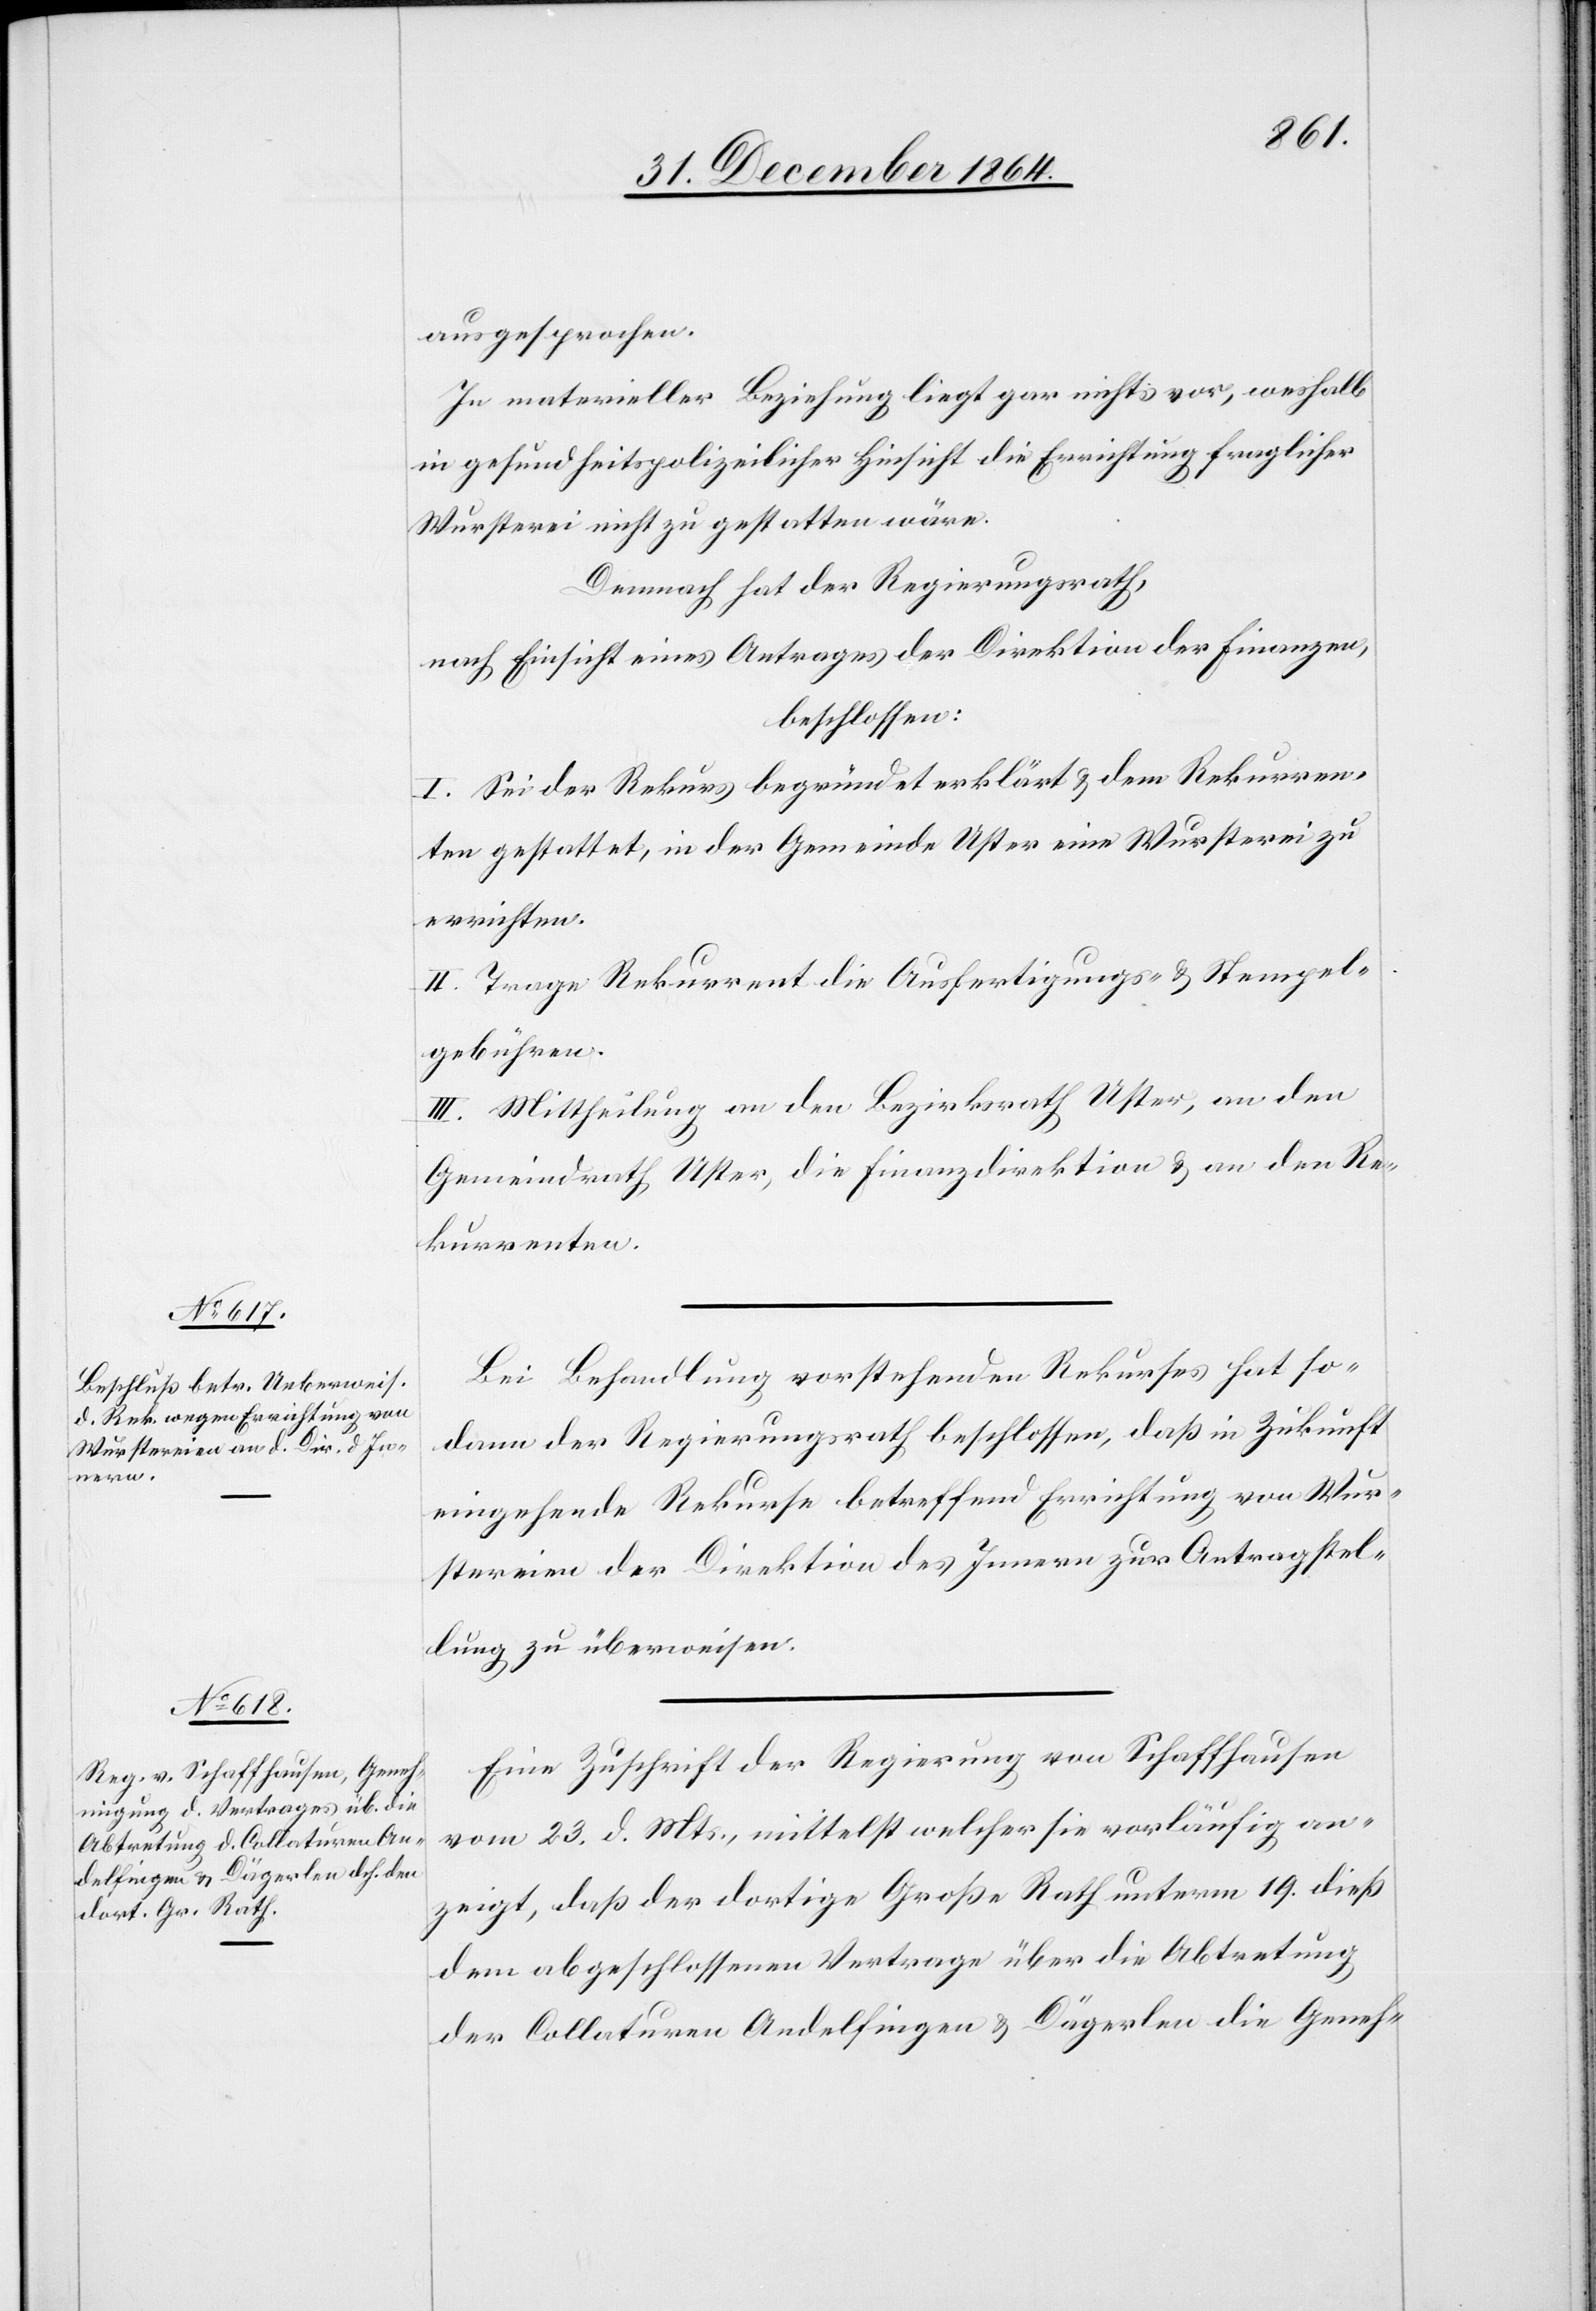
ausgesprochen.
In materieller Beziehung liegt gar nichts vor, weshalb
in gesundheitspolizeilicher Hinsicht die Errichtung fraglicher
Wursterei nicht zu gestatten wäre.
Demnach hat der Regierungsrath,
nach Einsicht eines Antrages der Direktion der Finanzen,
beschlossen:
I. Sei der Rekurs begründet erklärt & dem Rekurren¬
ten gestattet, in der Gemeinde Uster eine Wursterei zu
errichten.
II. Trage Rekurrent die Ausfertigungs- & Stempel¬
gebühren.
III. Mittheilung an den Bezirksrath Uster, an den
Gemeindrath Uster, die Finanzdirektion & an den Re¬
kurrenten.
Bei Behandlung vorstehenden Rekurses hat so¬
dann der Regierungsrath beschlossen, daß in Zukunft
eingehende Rekurse betreffend Errichtung von Wur¬
stereien der Direktion des Innern zur Antragstel¬
lung zu überweisen
Eine Zuschrift der Regierung von Schaffhausen
vom 23. d. Mts., mittelst welcher sie vorläufig an¬
zeigt, daß der dortige Große Rath unterm 19. dieß
dem abgeschlossenen Vertrage über die Abtretung
der Collaturen Andelfingen & Dägerlen die Geneh-